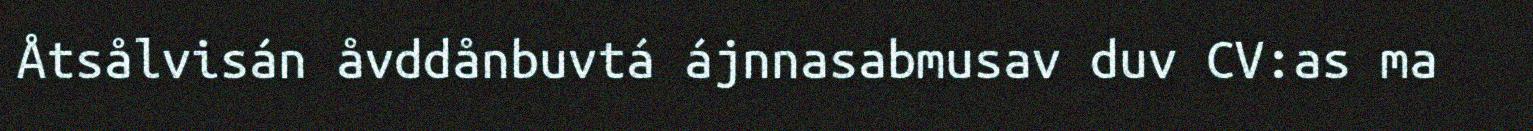
Åtsålvisán åvddånbuvtá ájnnasabmusav duv CV:as ma